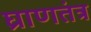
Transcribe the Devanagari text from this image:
घ्राणतंत्र